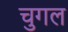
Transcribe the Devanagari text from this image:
चुगल